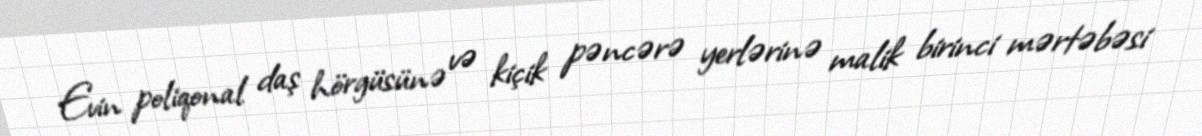
Evin poliqonal daş hörgüsünə və kiçik pəncərə yerlərinə malik birinci mərtəbəsi